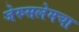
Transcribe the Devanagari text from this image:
जेरुसलेमचा